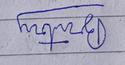
Signature authenticity: forged